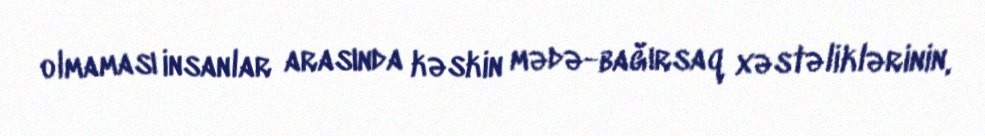
olmaması insanlar arasında kəskin mədə-bağırsaq xəstəliklərinin,